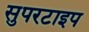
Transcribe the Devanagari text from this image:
सुपरटाइप